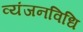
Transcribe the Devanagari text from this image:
व्यंजनविधि